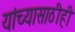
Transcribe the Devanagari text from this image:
यांच्यासाठीही